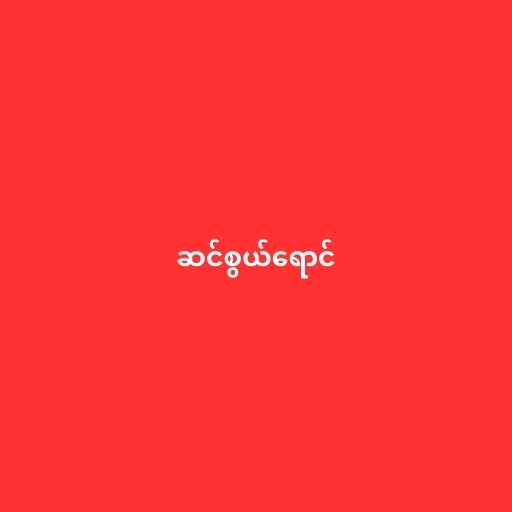
ဆင်စွယ်ရောင်